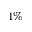
1 \%